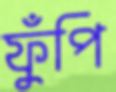
ফুঁপি